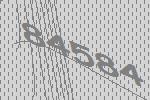
84584